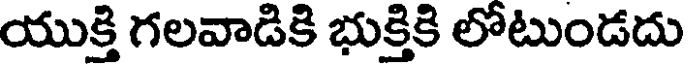
యుక్తి గలవాడికి భుక్తికి లోటుండదు